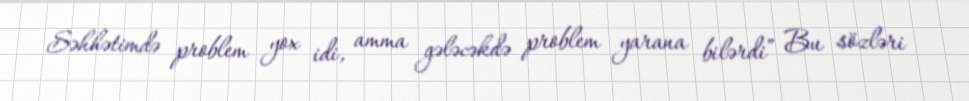
Səhhətimdə problem yox idi, amma gələcəkdə problem yarana bilərdi” Bu sözləri